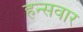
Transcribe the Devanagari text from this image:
हन्सवार